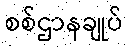
စစ်ဌာနချုပ်